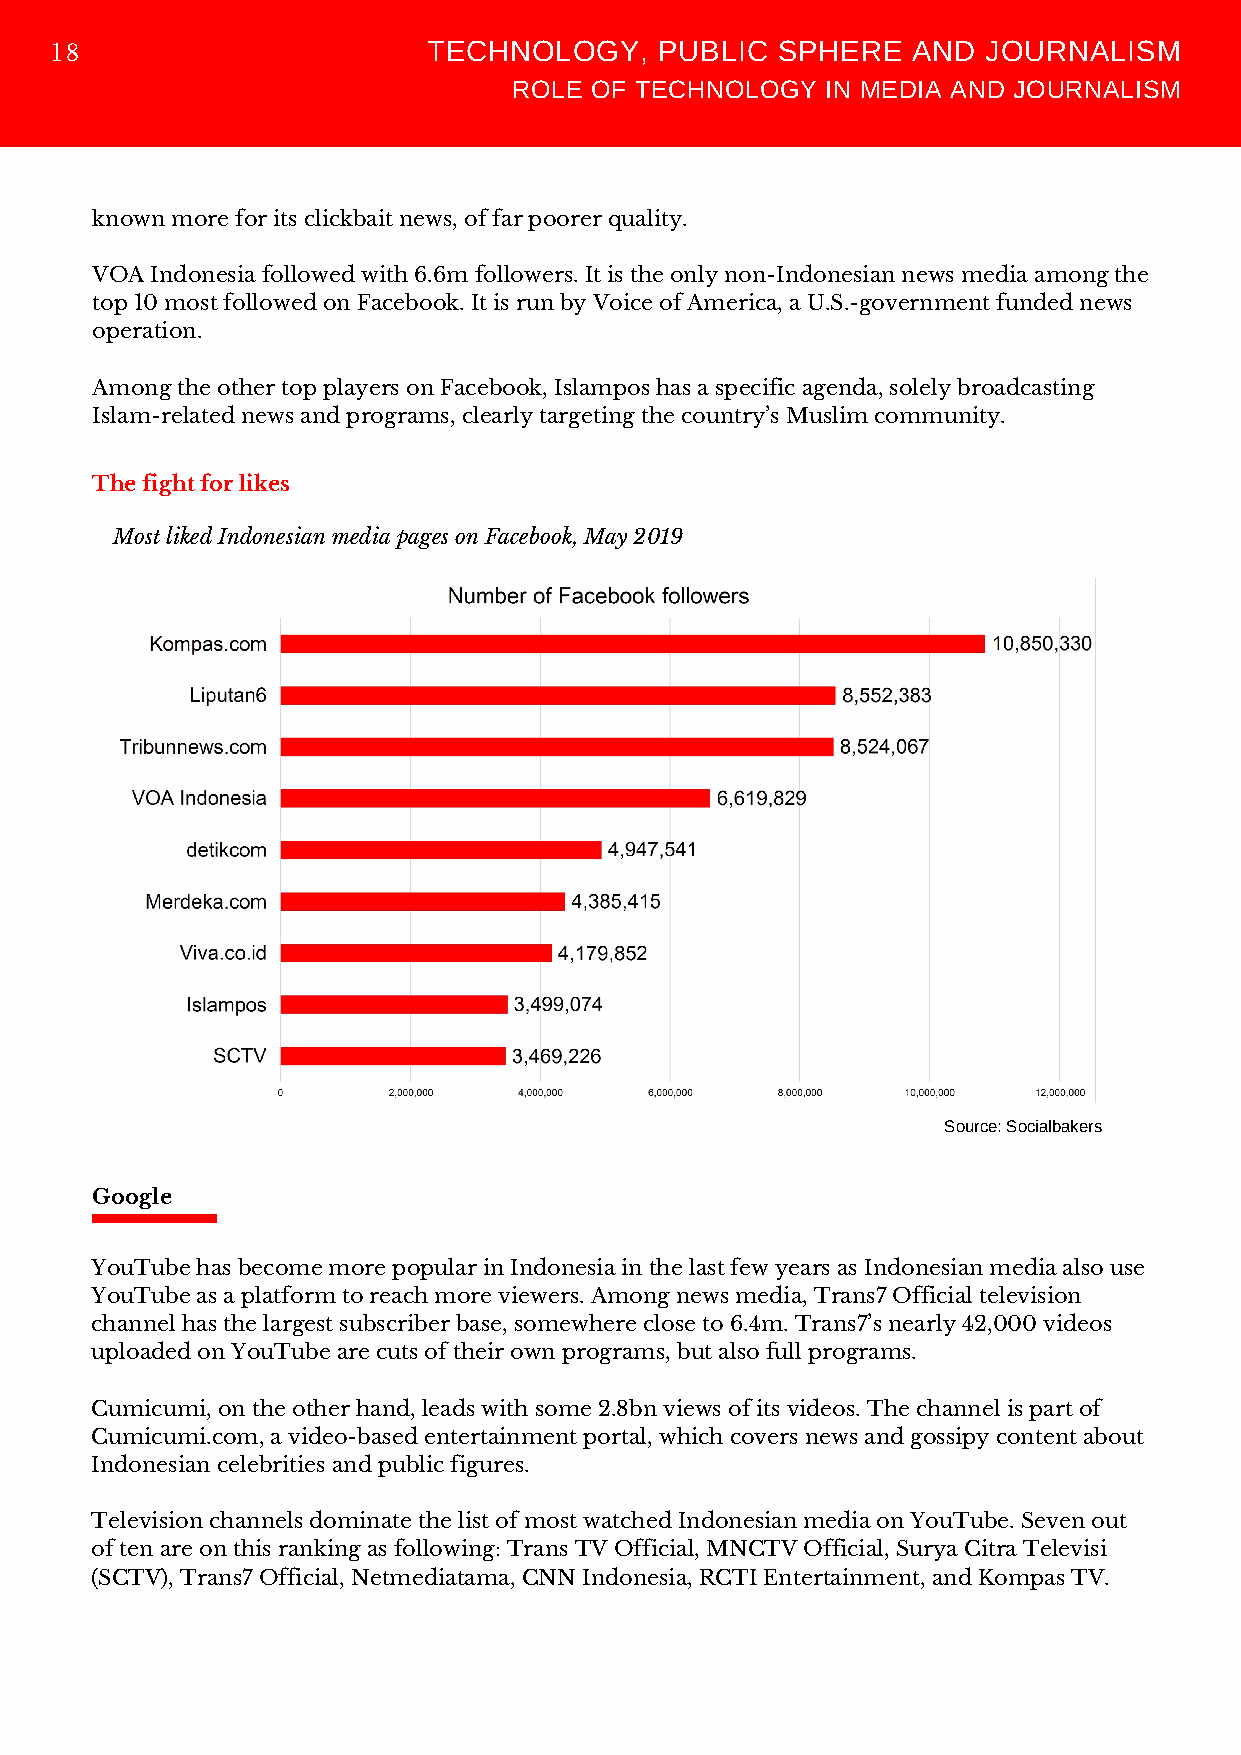
TECHNOLOGY,     PUBLIC SPHERE   AND  JOURNALISM
 18
 ROLE OF TECHNOLOGY   IN MEDIA AND JOURNALISM
 known more for its clickbait news, of far poorer quality.
 VOA Indonesia followed with 6.6m followers. It is the only non-Indonesian news media among the
 top 10 most followed on Facebook. It is run by Voice of America, a U.S.-government funded news
 operation.
 Among the other top players on Facebook, Islampos has a specific agenda, solely broadcasting
 Islam-related news and programs, clearly targeting the country’s Muslim community.
 The fight for likes
 Most liked Indonesian media pages on Facebook, May 2019
 Source: Socialbakers
 Google
 YouTube has become more popular in Indonesia in the last few years as Indonesian media also use
 YouTube as a platform to reach more viewers. Among news media, Trans7 Official television
 channel has the largest subscriber base, somewhere close to 6.4m. Trans7’s nearly 42,000 videos
 uploaded on YouTube are cuts of their own programs, but also full programs.
 Cumicumi, on the other hand, leads with some 2.8bn views of its videos. The channel is part of
 Cumicumi.com, a video-based entertainment portal, which covers news and gossipy content about
 Indonesian celebrities and public figures.
 Television channels dominate the list of most watched Indonesian media on YouTube. Seven out
 of ten are on this ranking as following: Trans TV Official, MNCTV Official, Surya Citra Televisi
 (SCTV), Trans7 Official, Netmediatama, CNN Indonesia, RCTI Entertainment, and Kompas TV.